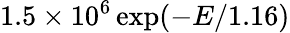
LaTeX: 1.5\times 10^{6}\exp(-E/1.16)